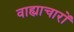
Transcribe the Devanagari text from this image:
वाह्याचारों